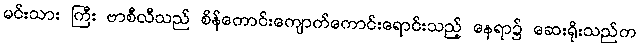
မင်းသား ကြီး ဗာစီလီသည် စိန်ကောင်းကျောက်ကောင်းရောင်းသည့် နေရာ၌ ဆေးရိုးသည်က